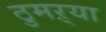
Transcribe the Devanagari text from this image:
ठुमऱ्या